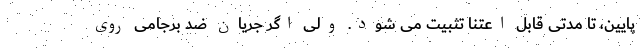
پایین، تا مدتی قابل اعتنا تثبیت می شود. ولی اگر جریان ضد برجامی روی